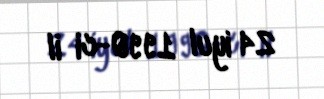
24 iyul 1990-ci il